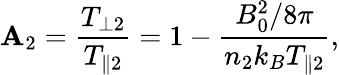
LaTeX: \mathbf{A}_{2}=\frac{{T_{\perp2}}}{{T_{\parallel2}}}=1-\frac{{B_{0}^{2}/8\pi}}{{n_{2}k_{B}T_{\parallel2}}},